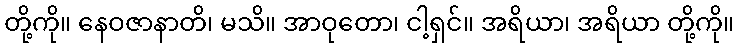
တို့ကို။ နေဝဇာနာတိ၊ မသိ။ အာဝုတော၊ ငါ့ရှင်။ အရိယာ၊ အရိယာ တို့ကို။